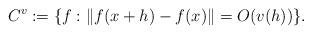
LaTeX: \begin{align*}C^{v}:=\{f:\lVert f(x+h)-f(x)\rVert=O(v(h)) \}. \end{align*}